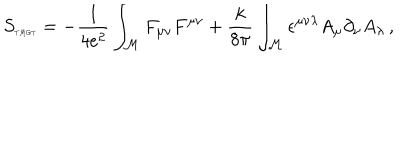
LaTeX: S _ { \tiny T M G T } = - \frac { 1 } { 4 e ^ { 2 } } \int _ { \cal M } F _ { \mu \nu } F ^ { \mu \nu } + \frac { k } { 8 \pi } \int _ { \cal M } \epsilon ^ { \mu \nu \lambda } A _ { \mu } \partial _ { \nu } A _ { \lambda } \, ,